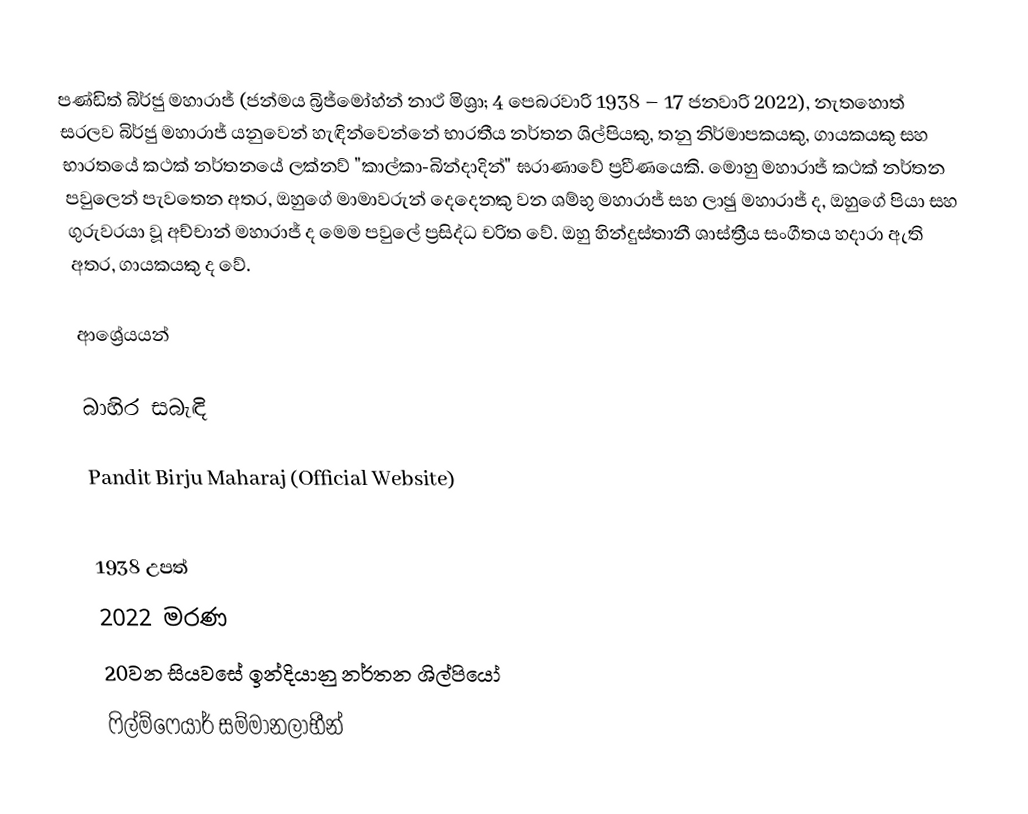
පණ්ඩිත් බිර්ජු මහාරාජ් (ජන්මය බ්‍රිජ්මෝහ්න් නාථ් මිශ්‍රා; 4 පෙබරවාරි 1938 – 17 ජනවාරි 2022), නැතහොත් සරලව බිර්ජු මහාරාජ් යනුවෙන් හැඳින්වෙන්නේ භාරතීය නර්තන ශිල්පියකු, තනු නිර්මාපකයකු, ගායකයකු සහ භාරතයේ කථක් නර්තනයේ ලක්නව් "කාල්කා-බින්දාදින්" ඝරාණාවේ ප්‍රවීණයෙකි. මොහු මහාරාජ් කථක් නර්තන පවුලෙන් පැවතෙන අතර, ඔහුගේ මාමාවරුන් දෙදෙනකු වන ශම්භු මහාරාජ් සහ ලාඡු මහාරාජ් ද, ඔහුගේ පියා සහ ගුරුවරයා වූ අච්චාන් මහාරාජ් ද මෙම පවුලේ ප්‍රසිද්ධ චරිත වේ. ඔහු හින්දුස්තානී ශාස්ත්‍රීය සංගීතය හදාරා ඇති අතර, ගායකයකු ද වේ.

ආශ්‍රේයයන්

බාහිර සබැඳි

 Pandit Birju Maharaj (Official Website)

1938 උපත්
2022 මරණ
20වන සියවසේ ඉන්දියානු නර්තන ශිල්පියෝ
ෆිල්ම්ෆෙයාර් සම්මානලාභීන්